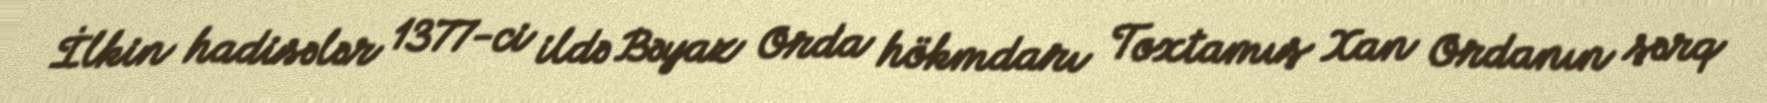
İlkin hadisələr 1377-ci ildə Bəyaz Orda hökmdarı Toxtamış Xan Ordanın şərq